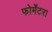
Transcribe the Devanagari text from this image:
फोर्मेंटरा